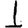
Digit: 1